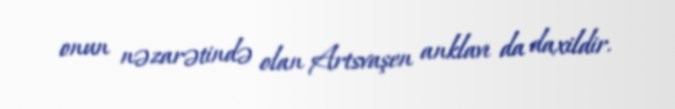
onun nəzarətində olan Artsvaşen anklavı da daxildir.